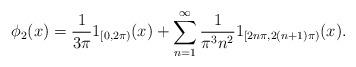
LaTeX: \begin{align*}\phi_2(x)=\frac{1}{3\pi}1_{[0,2\pi)}(x)+\sum_{n=1}^{\infty}\frac{1}{\pi^3n^2}1_{[2n\pi,2(n+1)\pi)}(x).\end{align*}